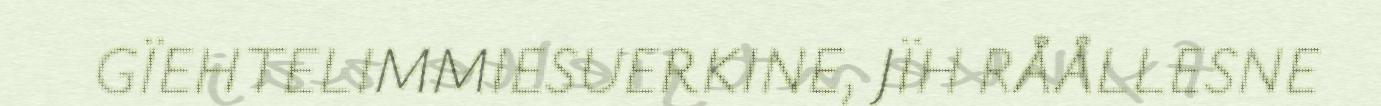
GÏEHTELIMMIESUERKINE, JÏH RÅÅLLESNE